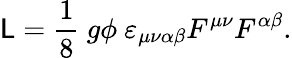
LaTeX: {\cal\mathsf{L}}=\frac{{1}}{{8}}\ g\phi\ \varepsilon_{\mu\nu\alpha\beta}F^{\mu\nu}F^{\alpha\beta}.